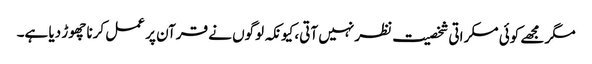
مگر مجھے کوئی مسکراتی شخصیت نظر نہیں آتی، کیونکہ لوگوں نے قرآن پر عمل کرنا چھوڑ دیا ہے۔